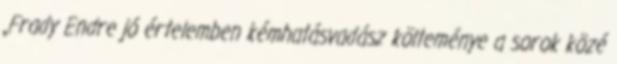
„Frady Endre jó értelemben kémhatásvadász költeménye a sorok közé